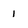
Character: 1